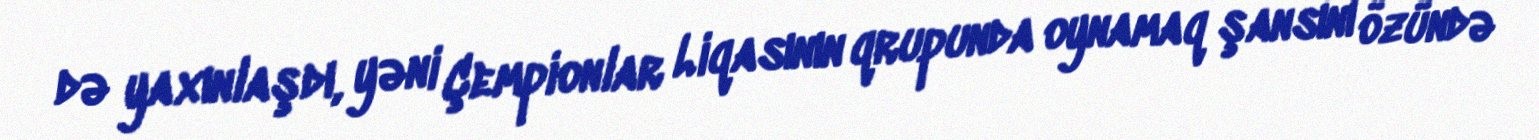
də yaxınlaşdı, yəni Çempionlar Liqasının qrupunda oynamaq şansını özündə